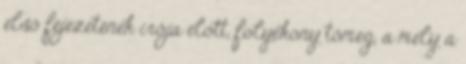
első fejezetének irója előtt, folyékony tömeg, a mely a